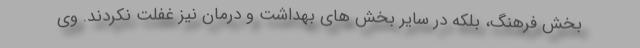
بخش فرهنگ، بلکه در سایر بخش های بهداشت و درمان نیز غفلت نکردند. وی